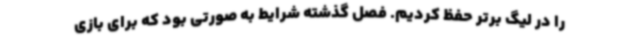
را در لیگ برتر حفظ کردیم. فصل گذشته شرایط به صورتی بود که برای بازی